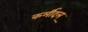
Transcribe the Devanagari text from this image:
कर्मीदल्